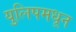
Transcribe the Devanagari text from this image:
युलिपमधून